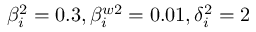
\beta _ { i } ^ { 2 } = 0 . 3 , \beta _ { i } ^ { w 2 } = 0 . 0 1 , \delta _ { i } ^ { 2 } = 2